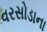
વરસોડાના